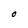
Character: O